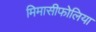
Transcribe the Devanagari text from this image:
मिमासीफोलिया